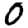
Digit: 0